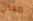
معدل